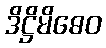
ဒိဋ္ဌိမိဓေဝ